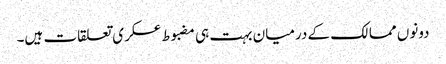
دونوں ممالک کے درمیان بہت ہی مضبوط عسکری تعلقات ہیں۔